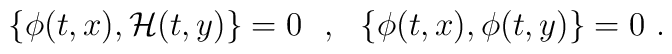
\{\phi(t,x),{\cal H}(t,y)\}=0\ \ ,\ \ \{\phi(t,x),\phi(t,y)\}=0\ .